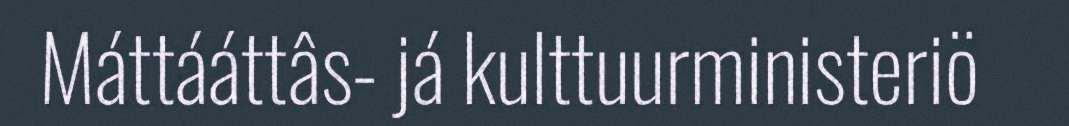
Máttááttâs- já kulttuurministeriö